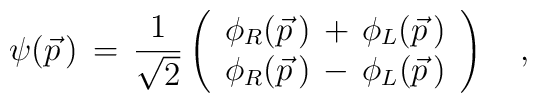
\psi(\vec p\,)\,=\,{1\over\sqrt{2}}\left(\begin{array}{cc}\phi_R(\vec p\,)\,+\,\phi_L(\vec p\,)\\\phi_R(\vec p\,)\,-\,\phi_L(\vec p\,)\\\end{array}\right)\quad,